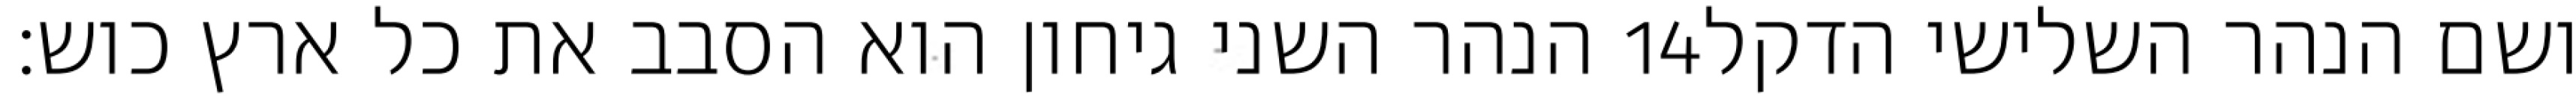
הנהר השני גיחון הוא הסבב את כל ארץ כוש׃ ‎14‏ ושם הנהר השלישי הדקל